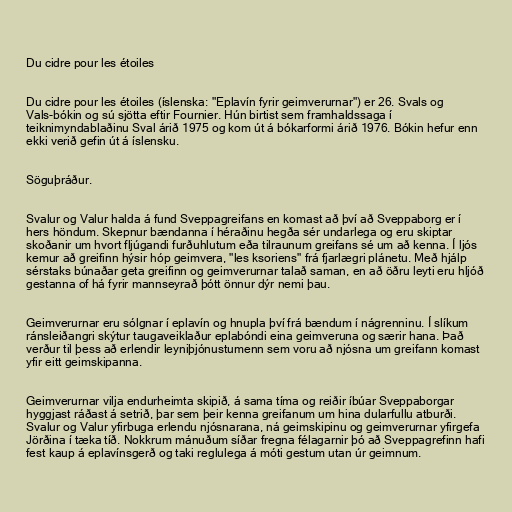
Du cidre pour les étoiles

Du cidre pour les étoiles (íslenska: "Eplavín fyrir geimverurnar") er 26. Svals og
Vals-bókin og sú sjötta eftir Fournier. Hún birtist sem framhaldssaga í
teiknimyndablaðinu Sval árið 1975 og kom út á bókarformi árið 1976. Bókin hefur enn
ekki verið gefin út á íslensku.

Söguþráður.

Svalur og Valur halda á fund Sveppagreifans en komast að því að Sveppaborg er í
hers höndum. Skepnur bændanna í héraðinu hegða sér undarlega og eru skiptar
skoðanir um hvort fljúgandi furðuhlutum eða tilraunum greifans sé um að kenna. Í ljós
kemur að greifinn hýsir hóp geimvera, "les ksoriens" frá fjarlægri plánetu. Með hjálp
sérstaks búnaðar geta greifinn og geimverurnar talað saman, en að öðru leyti eru hljóð
gestanna of há fyrir mannseyrað þótt önnur dýr nemi þau.

Geimverurnar eru sólgnar í eplavín og hnupla því frá bændum í nágrenninu. Í slíkum
ránsleiðangri skýtur taugaveiklaður eplabóndi eina geimveruna og særir hana. Það
verður til þess að erlendir leyniþjónustumenn sem voru að njósna um greifann komast
yfir eitt geimskipanna.

Geimverurnar vilja endurheimta skipið, á sama tíma og reiðir íbúar Sveppaborgar
hyggjast ráðast á setrið, þar sem þeir kenna greifanum um hina dularfullu atburði.
Svalur og Valur yfirbuga erlendu njósnarana, ná geimskipinu og geimverurnar yfirgefa
Jörðina í tæka tíð. Nokkrum mánuðum síðar fregna félagarnir þó að Sveppagrefinn hafi
fest kaup á eplavínsgerð og taki reglulega á móti gestum utan úr geimnum.